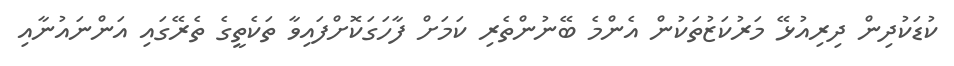
ކުޑަކުދިން ދިރިއުޅޭ މަރުކަޒުތަކުން އެންމެ ބޭނުންތެރި ކަމަށް ފާހަގަކޮށްފައިވާ ތަކެތީގެ ތެރޭގައި އަންނައުނާއި